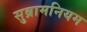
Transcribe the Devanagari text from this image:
सुब्रामनियम